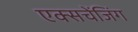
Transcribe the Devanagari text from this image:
एक्सचेंजिंग